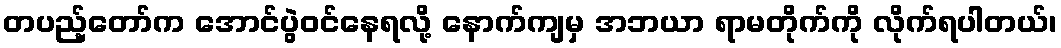
တပည့်တော်က အောင်ပွဲဝင်နေရလို့ နောက်ကျမှ အဘယာ ရာမတိုက်ကို လိုက်ရပါတယ်၊